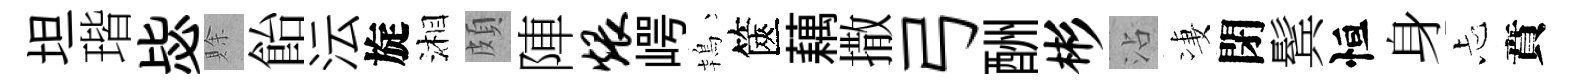
坦瑎毖賖飴沄旋湘頗陣煨崿鴇篋藕撒弓酬彬沾凄閉鬂恒身忐賁